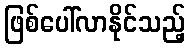
ဖြစ်ပေါ်လာနိုင်သည့်